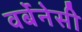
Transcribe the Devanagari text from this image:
वर्बेनेसी